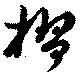
槢